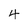
Character: 4